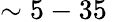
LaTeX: \sim 5-35\